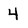
Character: 4